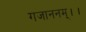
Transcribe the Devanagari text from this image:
गजाननम्।।